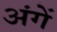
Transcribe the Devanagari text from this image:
अंगें